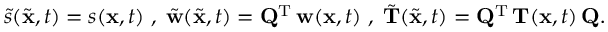
\begin{array} { r } { \tilde { s } ( \tilde { { \mathbf x } } , t ) = s ( { \mathbf x } , t ) \; , \; \tilde { { \mathbf w } } ( \tilde { { \mathbf x } } , t ) = { \mathbf Q } ^ { { \mathrm T } } \, { \mathbf w } ( { \mathbf x } , t ) \; , \; \tilde { { \mathbf T } } ( \tilde { { \mathbf x } } , t ) = { \mathbf Q } ^ { { \mathrm T } } \, { \mathbf T } ( { \mathbf x } , t ) \, { \mathbf Q } . } \end{array}